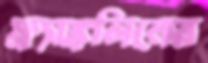
ফ্র্যাঙ্কলিনের